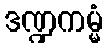
ဒဏ္ဍကမ္မံ